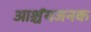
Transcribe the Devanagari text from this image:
आर्श्चयजनक